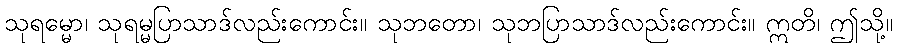
သုရမ္မော၊ သုရမ္မပြာသာဒ်လည်းကောင်း။ သုဘတော၊ သုဘပြာသာဒ်လည်းကောင်း။ ဣတိ၊ ဤသို့။